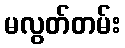
မလွတ်တမ်း